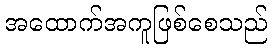
အထောက်အကူဖြစ်စေသည်